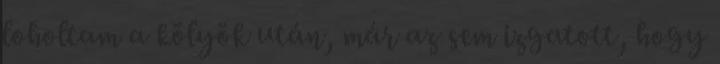
loholtam a kölyök után, már az sem izgatott, hogy